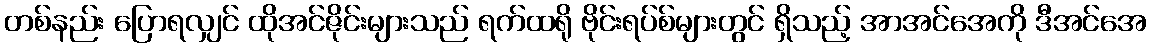
တစ်နည်း ပြောရလျှင် ထိုအင်ဇိုင်းများသည် ရက်ထရို ဗိုင်းရပ်စ်များတွင် ရှိသည့် အာအင်အေကို ဒီအင်အေ